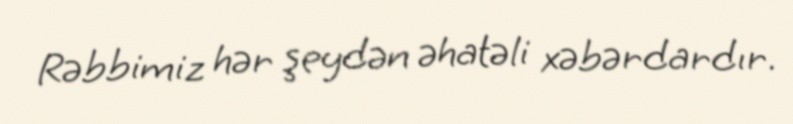
Rəbbimiz hər şeydən əhatəli xəbərdardır.